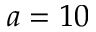
a = 1 0